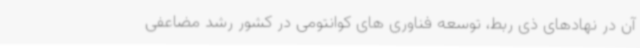
آن در نهادهای ذی ربط، توسعه فناوری های کوانتومی در کشور رشد مضاعفی